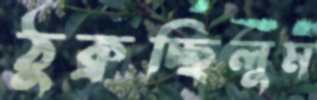
ঠুক্‌রচ্ছিলুম